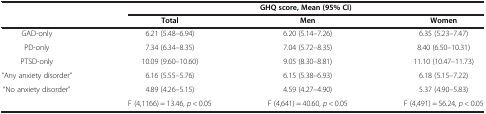
<table><thead><tr><td><b> </b></td><td colspan="3"><b>GHQ score, Mean (95% CI)</b></td></tr><tr><td><b> </b></td><td><b>Total</b></td><td><b>Men</b></td><td><b>Women</b></td></tr></thead><tbody><tr><td>GAD-only</td><td>6.21 (5.48–6.94)</td><td>6.20 (5.14–7.26)</td><td>6.35 (5.23–7.47)</td></tr><tr><td>PD-only</td><td>7.34 (6.34–8.35)</td><td>7.04 (5.72–8.35)</td><td>8.40 (6.50–10.31)</td></tr><tr><td>PTSD-only</td><td>10.09 (9.60–10.60)</td><td>9.05 (8.30–8.81)</td><td>11.10 (10.47–11.73)</td></tr><tr><td>“Any anxiety disorder”</td><td>6.16 (5.55–5.76)</td><td>6.15 (5.38–6.93)</td><td>6.18 (5.15–7.22)</td></tr><tr><td>“No anxiety disorder”</td><td>4.89 (4.26–5.15)</td><td>4.59 (4.27–4.90)</td><td>5.37 (4.90–5.83)</td></tr><tr><td> </td><td>F (4,1166) = 13.46, <i>p</i> &lt; 0.05</td><td>F (4,641) = 40.60, <i>p</i> &lt; 0.05</td><td>F (4,491) = 56.24, <i>p</i> &lt; 0.05</td></tr></tbody></table>